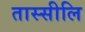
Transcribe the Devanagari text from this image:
तास्सीलि